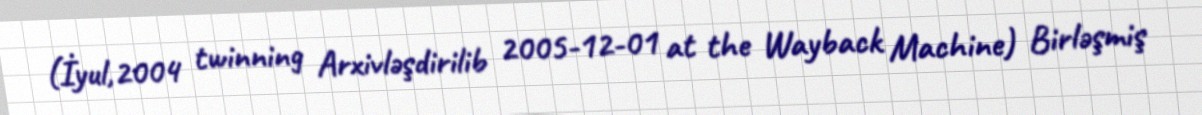
(İyul,2004 twinning Arxivləşdirilib 2005-12-01 at the Wayback Machine) Birləşmiş